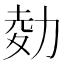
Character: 𠡭